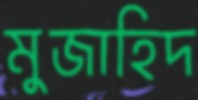
মুজাহিদ